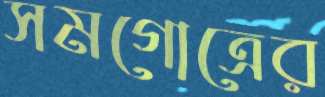
সমগোত্রের